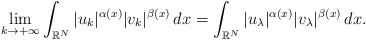
LaTeX: \begin{align*} \lim_{k \to +\infty }\int_{\mathbb{R}^{N}}|u_k|^{\alpha(x)}|v_k|^{\beta(x)} \,dx = \int_{\mathbb{R}^{N}} |u_{\lambda}|^{\alpha(x)}|v_{\lambda}|^{\beta(x)}\,dx. \end{align*}